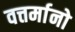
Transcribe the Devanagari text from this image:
वत्तर्मानो